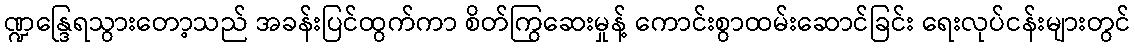
ဏ္ဍန္ဒြေရသွားတော့သည် အခန်းပြင်ထွက်ကာ စိတ်ကြွဆေးမှုန့် ကောင်းစွာထမ်းဆောင်ခြင်း ရေးလုပ်ငန်းများတွင်